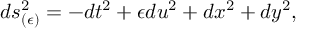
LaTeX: d s _ { ( \epsilon ) } ^ { 2 } = - d t ^ { 2 } + \epsilon d u ^ { 2 } + d x ^ { 2 } + d y ^ { 2 } ,